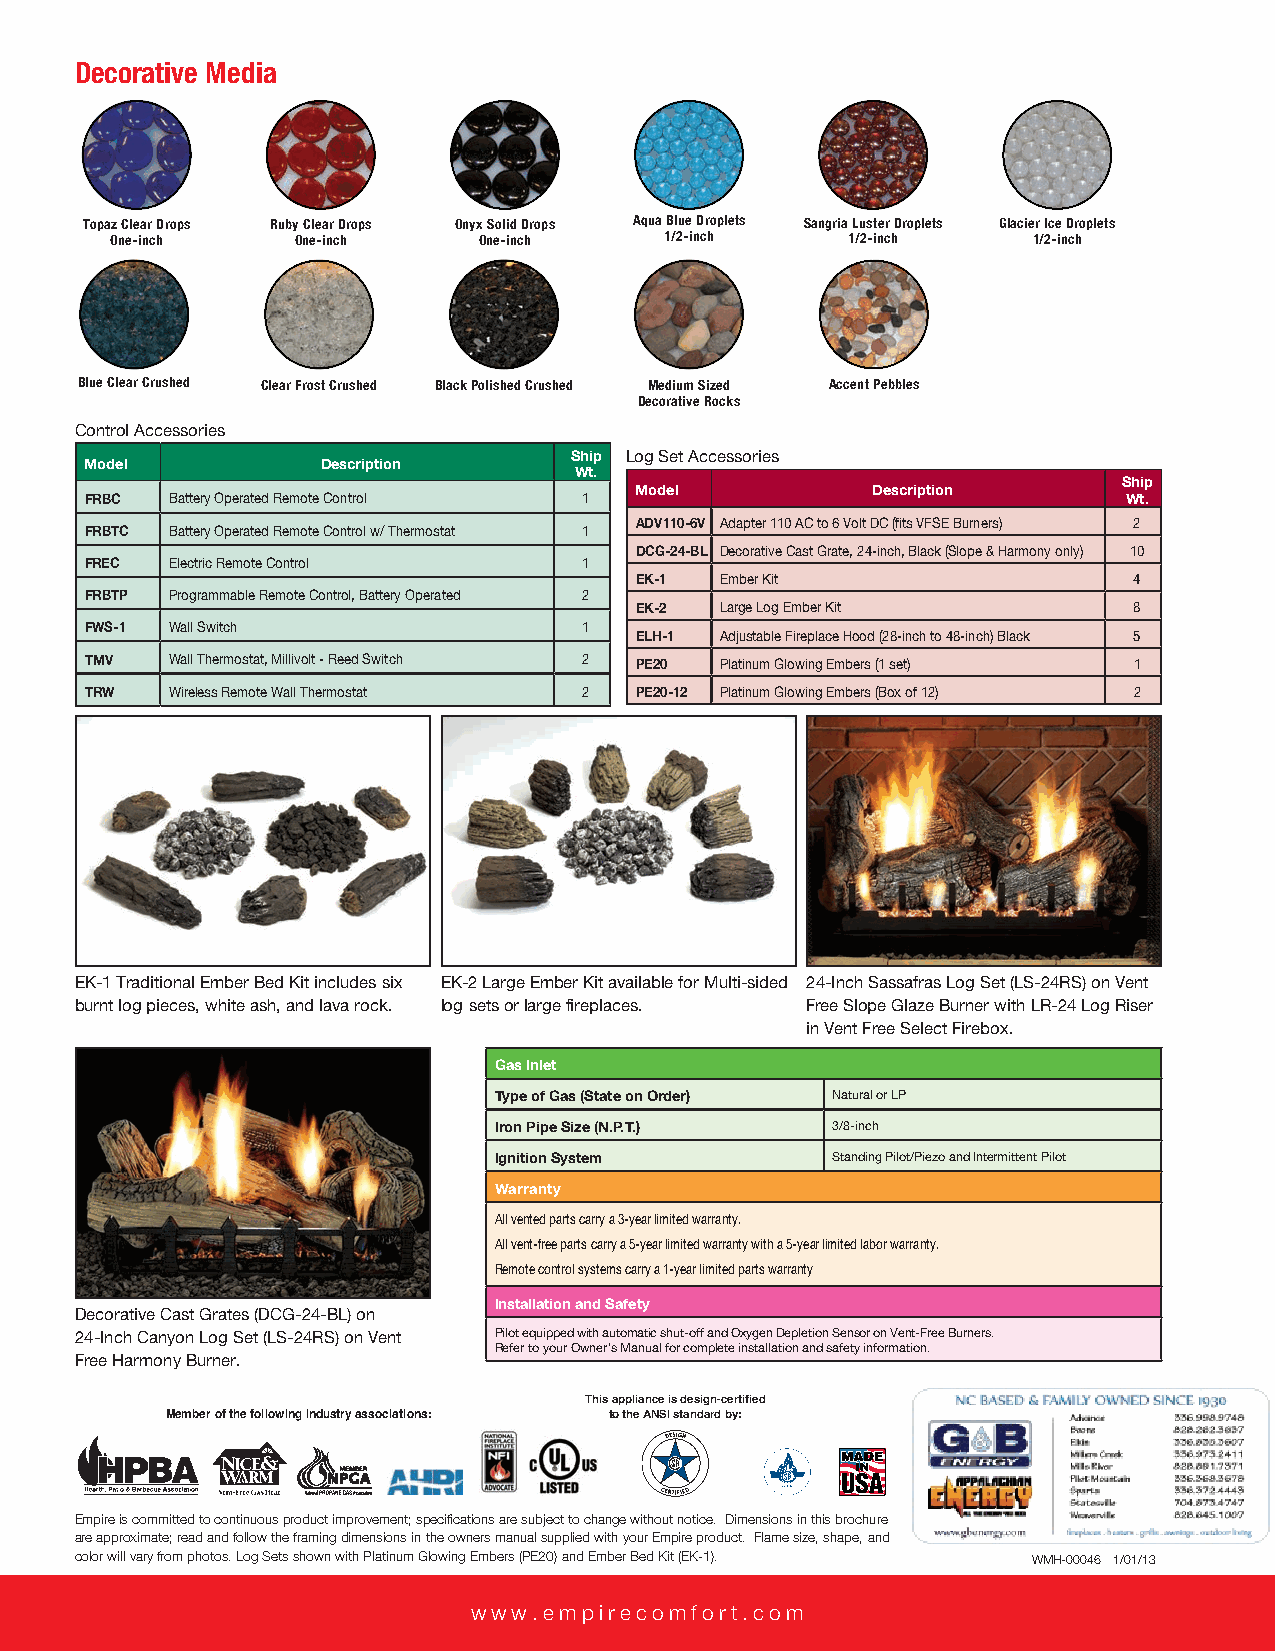
Decorative Media
 Topaz Clear Drops Ruby Clear Drops Onyx Solid Drops Aqua Blue Droplets Sangria Luster Droplets Glacier Ice Droplets
 One-inch     One-inch    One-inch    1/2-inch    1/2-inch    1/2-inch
 Blue Clear Crushed Clear Frost Crushed Black Polished Crushed Medium Sized Accent Pebbles
 Decorative Rocks
 Control Accessories
 Ship Log Set Accessories
 Model          Description
 Wt.
 Ship
 Model           Description
 FRBC Battery Operated Remote Control 1                               Wt.
 ADV110-6V Adapter 110 AC to 6 Volt DC (fits VFSE Burners) 2
 FRBTC Battery Operated Remote Control w/ Thermostat 1
 DCG-24-BL Decorative Cast Grate, 24-inch, Black (Slope & Harmony only) 10
 FREC Electric Remote Control     1
 EK-1  Ember Kit                  4
 FRBTP Programmable Remote Control, Battery Operated 2
 EK-2  Large Log Ember Kit        8
 FWS-1 Wall Switch                1
 ELH-1 Adjustable Fireplace Hood (28-inch to 48-inch) Black 5
 TMV  Wall Thermostat, Millivolt - Reed Switch 2 PE20 Platinum Glowing Embers (1 set) 1
 TRW  Wireless Remote Wall Thermostat 2 PE20-12 Platinum Glowing Embers (Box of 12) 2
 EK-1 Traditional Ember Bed Kit includes six EK-2 Large Ember Kit available for Multi-sided 24-Inch Sassafras Log Set (LS-24RS) on Vent
 burnt log pieces, white ash, and lava rock. log sets or large fireplaces. Free Slope Glaze Burner with LR-24 Log Riser
 in Vent Free Select Firebox.
 Gas Inlet
 Type of Gas (State on Order) Natural or LP
 Iron Pipe Size (N.P.T.) 3/8-inch
 Ignition System       Standing Pilot/Piezo and Intermittent Pilot
 Warranty
 All vented parts carry a 3-year limited warranty.
 All vent-free parts carry a 5-year limited warranty with a 5-year limited labor warranty.
 Remote control systems carry a 1-year limited parts warranty
 Installation and Safety
 Decorative Cast Grates (DCG-24-BL) on
 24-Inch Canyon Log Set (LS-24RS) on Vent Pilot equipped with automatic shut-off and Oxygen Depletion Sensor on Vent-Free Burners.
 Refer to your Owner’s Manual for complete installation and safety information.
 Free Harmony Burner.
 This appliance is design-certified
 Member of the following industry associations: to the ANSI standard by:
 918 Freeburg Ave.
 Empire is committed to continuous product improvement; specifications are subject to change without notice. Dimensions in this brochure Belleville, IL 62220-2623
 e-mail: info@empirecomfort.com
 are approximate; read and follow the framing dimensions in the owners manual supplied with your Empire product. Flame size, shape, and
 color will vary from photos. Log Sets shown with Platinum Glowing Embers (PE20) and Ember Bed Kit (EK-1). WMH-00046 1/01/13
 www.empirecomfort.com